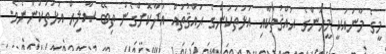
މީގެ މާނައަކީ މީހުންގެ ޙައްޤުތަކާއި އަޅުތަކުންގެ ޙައްޤުތައް އަދާކޮށްގެން ތިބޭ ޞާލިޙް އަޅުތަކުންނެވެ.